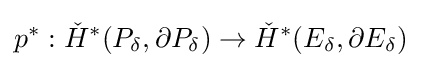
p^{*}:{\check {H}}^{*}(P_{\delta },\partial P_{\delta })\to {\check {H}}^{*}(E_{\delta },\partial E_{\delta })